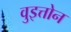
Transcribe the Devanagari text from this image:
वुइत्तोन